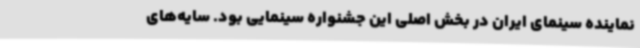
نماینده سینمای ایران در بخش اصلی این جشنواره سینمایی بود. سایه‌های